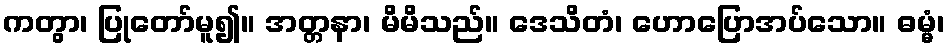
ကတွာ၊ ပြုတော်မူ၍။ အတ္တနာ၊ မိမိသည်။ ဒေသိတံ၊ ဟောပြောအပ်သော။ ဓမ္မံ၊